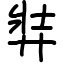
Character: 弉